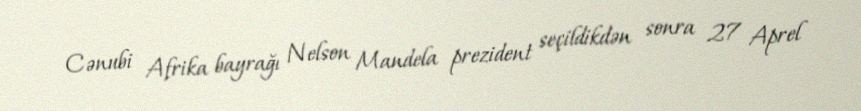
Cənubi Afrika bayrağı Nelson Mandela prezident seçildikdən sonra 27 Aprel